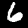
Label: 6